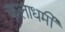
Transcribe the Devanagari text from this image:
कलाधर्मी